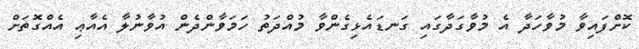
ކޮށްފައިވާ މުވާހަދާ އެ މުވާގަދާގައި ގަނޑައެޅިގެންވާ މުއްދަތު ހަމަވާންދެން އުވާނުލާ އެއާޢި އެއްގޮތަށް